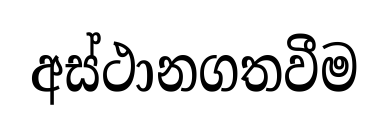
අස්ථානගතවීම